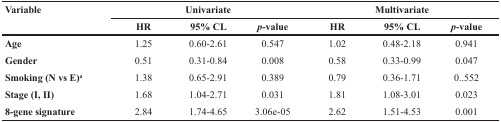
| <ROWSPAN=2> Variable | <COLSPAN=3> Univariate | <COLSPAN=3> Multivariate |
 | HR | 95% CL | p-value | HR | 95% CL | p-value |
 | --- | --- | --- | --- | --- | --- | --- |
 | Age | 1.25 | 0.60-2.61 | 0.547 | 1.02 | 0.48-2.18 | 0.941 |
 | Gender | 0.51 | 0.31-0.84 | 0.008 | 0.58 | 0.33-0.99 | 0.047 |
 | Smoking (N vs E)a | 1.38 | 0.65-2.91 | 0.389 | 0.79 | 0.36-1.71 | 0.552 |
 | Stage (I, II) | 1.68 | 1.04-2.71 | 0.031 | 1.81 | 1.08-3.01 | 0.023 |
 | 8-gene signature | 2.84 | 1.74-4.65 | 3.06e-05 | 2.62 | 1.51-4.53 | 0.001 |